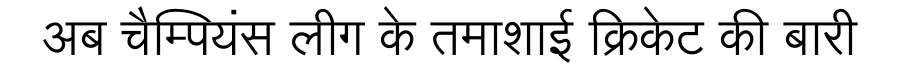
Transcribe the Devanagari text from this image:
अब चैम्पियंस लीग के तमाशाई क्रिकेट की बारी